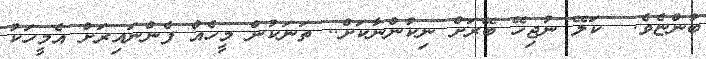
ބުންޏެވެ.  ކަލޭ ނުޖިހޭ ބޭރަށް ނިކުންނާކަށް.. ތަނަކުން މީހެއް ފެންނައިރަށް އެމީހަކު